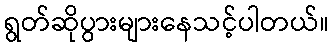
ရွတ်ဆိုပွားများနေသင့်ပါတယ်။